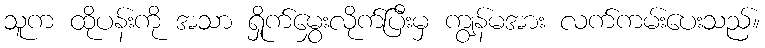
သူက ထိုပန်းကို အသာ ရှိုက်မွှေးလိုက်ပြီးမှ ကျွန်မအား လက်ကမ်းပေးသည်။